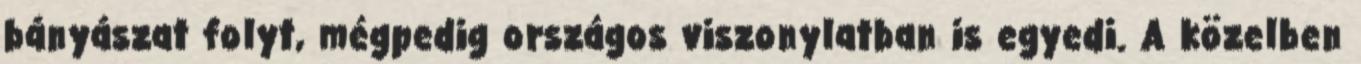
bányászat folyt, mégpedig országos viszonylatban is egyedi. A közelben